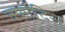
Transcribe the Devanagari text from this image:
वर्णादिस्‌